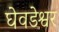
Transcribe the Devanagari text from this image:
घेवडेश्वर